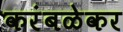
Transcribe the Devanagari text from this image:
करंबळेकर